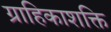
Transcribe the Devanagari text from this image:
ग्राहिकाशक्ति